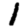
Digit: 1